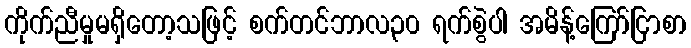
ကိုက်ညီမှုမရှိတော့သဖြင့် စက်တင်ဘာလ၃၀ ရက်စွဲပါ အမိန့်ကြော်ငြာစာ